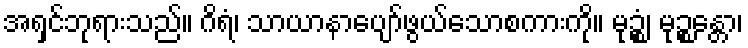
အရှင်ဘုရားသည်။ ဂိရံ၊ သာယာနာပျော်ဖွယ်သောစကားကို။ မုဉ္စံ၊ မုဉ္စန္တော၊